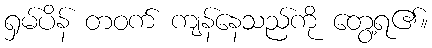
ရှမ်ပိန် တဝက် ကျန်နေသည်ကို တွေ့ရ၏။